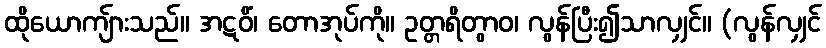
ထိုယောကျ်ားသည်။ အဋဝိံ၊ တောအုပ်ကို။ ဥတ္တရိတွာဝ၊ လွန်ပြီး၍သာလျှင်။ (လွန်လျှင်